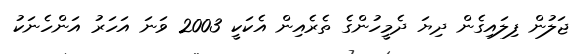
ޖަލުން ފިލައިގެން ދިޔަ ދެމީހުންގެ ތެރެއިން އެކަކީ 2003 ވަނަ އަހަރު އަންހެނަކު